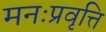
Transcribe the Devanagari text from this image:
मनःप्रवृत्ति